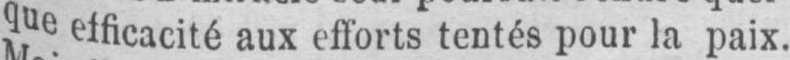
que efficacité aux efforts tentés pour la paix,